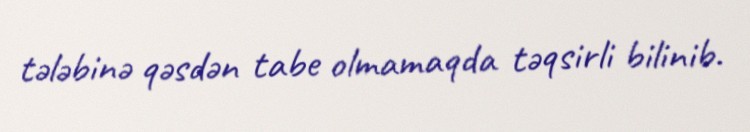
tələbinə qəsdən tabe olmamaqda təqsirli bilinib.